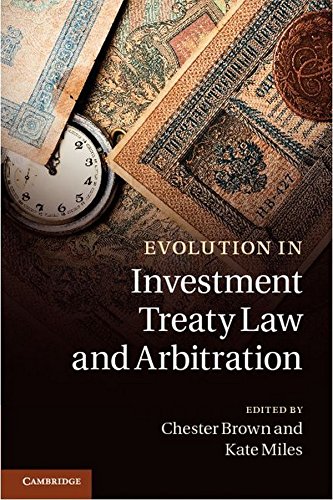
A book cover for Evolution in Investment Treaty Law and Arbitration; Law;